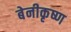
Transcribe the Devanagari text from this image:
बेनीकृष्ण